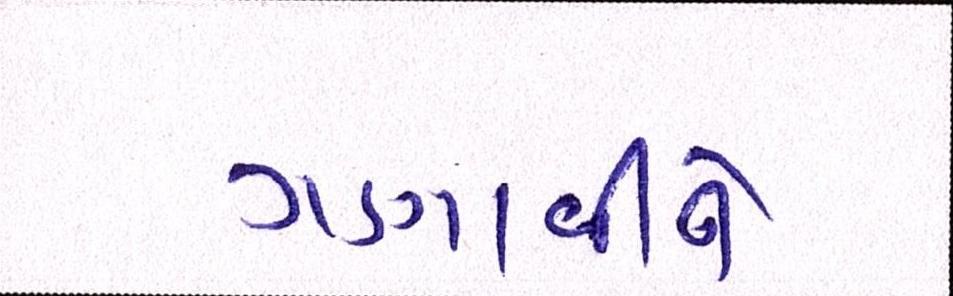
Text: ગણાવીને